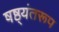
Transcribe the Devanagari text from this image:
षष्ठ्यंतरूप